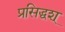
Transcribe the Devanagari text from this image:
प्रसिद्धश्